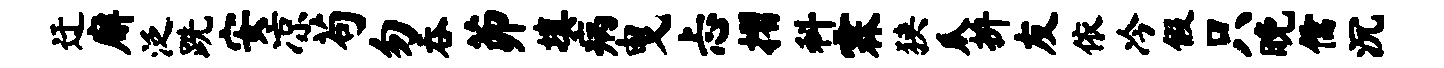
迂廨泛跣安凉苟勿吞茆填病曳忐摺科霖狭瓜拚友依冷假只晚儒沉